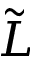
\cal \tilde { L }